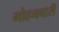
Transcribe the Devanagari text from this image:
मोहनबारी